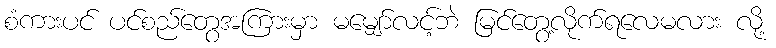
စံကားပင် ပင်စည်တွေအကြားမှာ မမျှော်လင့်ဘဲ မြင်တွေ့လိုက်ရလေမလား လို့